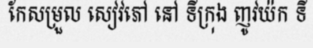
កែសម្រួល សៀវភៅ នៅ ទីក្រុង ញូវយ៉ក ទី